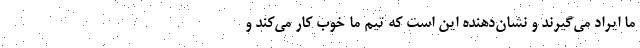
ما ایراد می‌گیرند و نشان‌دهنده این است که تیم ما خوب کار می‌کند و